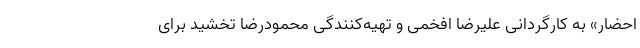
احضار» به کارگردانی علیرضا افخمی و تهیه‌کنندگی محمودرضا تخشید برای